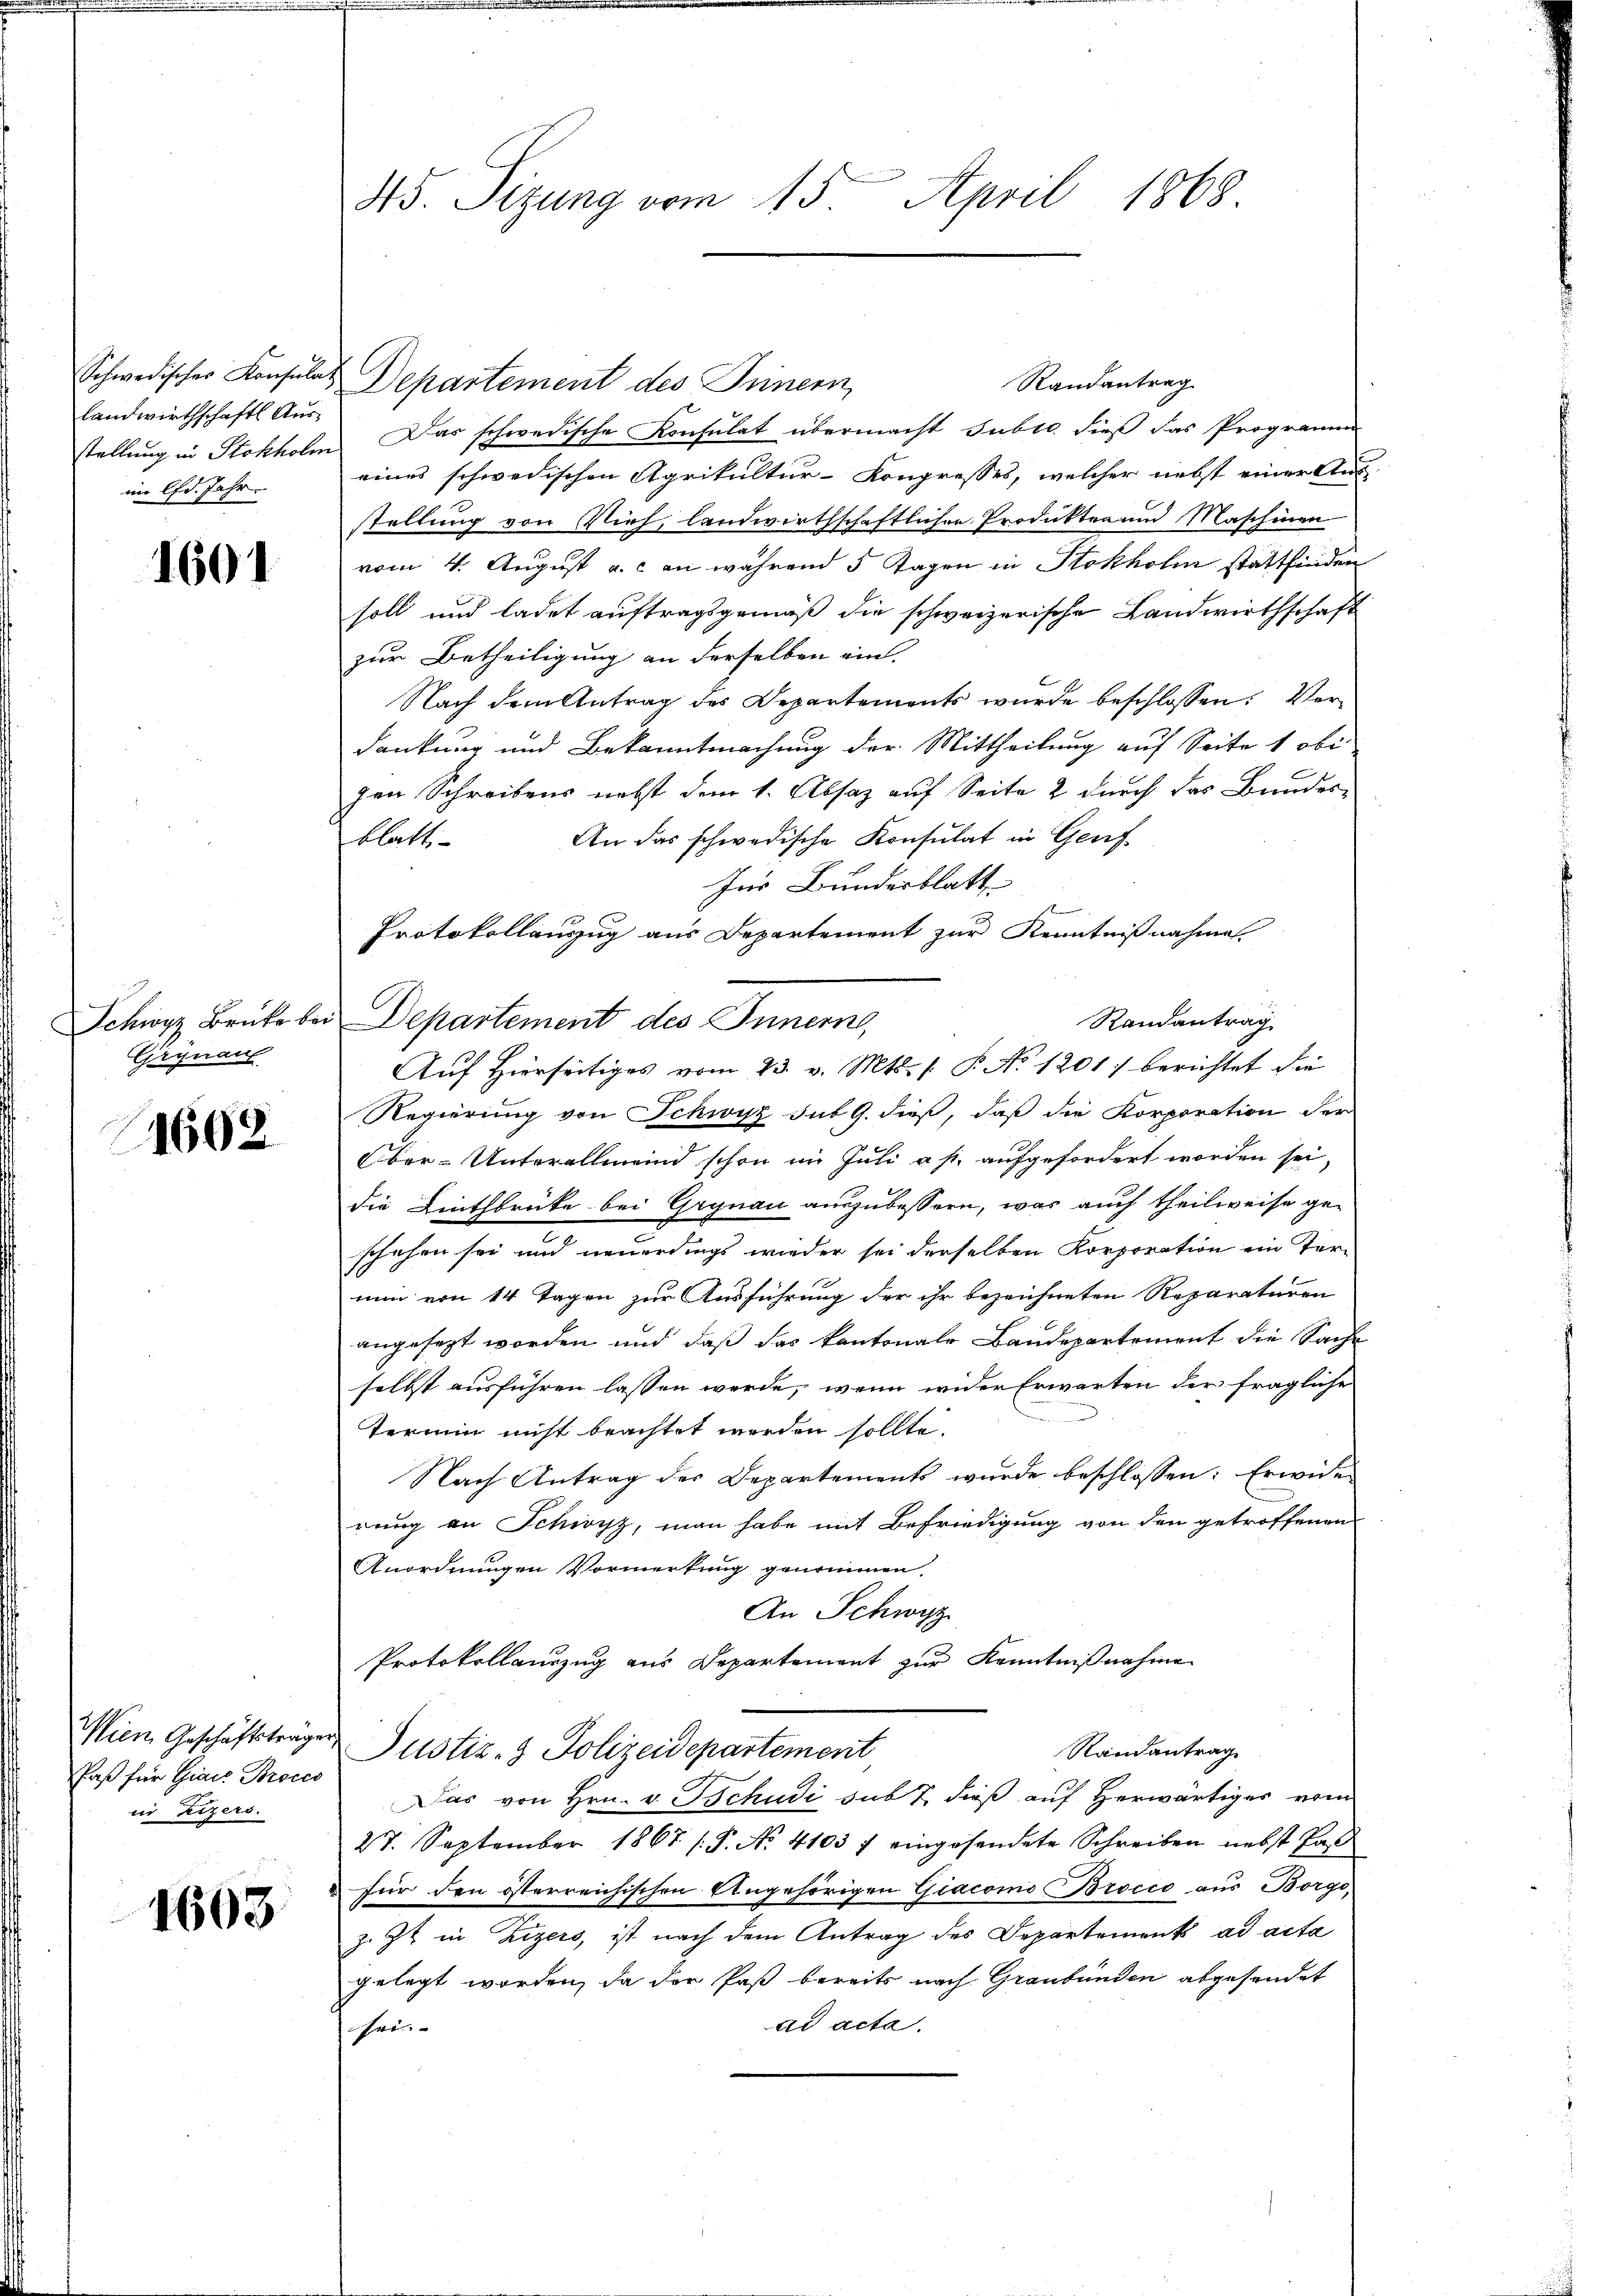
Schwedischer Konsulat
landwirthschaftl. Ausim lfd. Jahr.

1601

Gäynau

1602

Faß für Giach Proces
in Zizers.

1603

Randantrag
Departement des Innern,
stellung in Stokholm. Das schwedische Konsulat übermacht subtc. dieß das Programm
eines schwedischen Agrikultur-Kongresses, welcher nebst einer Ausstellung von Vieh, landwirthschaftlichen Produkten und Maschinen
vom 4. August a. c. an während 5 Tagen in Stokhohn stattfinden
soll und ladet auftragsgemäß die schweizerische Landwirthschaft
zur Betheiligung an derselben ein.
Nach dem Antrag des Departements wurde beschlossen: Verdankung und Bekanntmachung der Mittheilung auf Seite 1 obe
e
gen Schreibens nebst dem 1. Absaz auf Seite 2 durch das Bundes-
An das schwedische Konsulat in Genf
blatt
Zur Bundesblatt
Protokollauszug aus Departement zur Kenntnißnahme
Randantrag
Schwyz Brüke bei Departement des Innern,
Auf Hierseitiges vom 23. v. Mts. s. P. No 1201) berichtet die
Regierung von Schwyz sub 9. dieß, daß die Korporation der
Ober-Unterallmeind schon im Juli a p. aufgefordert worden sei,
die Linthbrücke bei Grynau auszubessern, was auch theilweise geschehen sei und neuerdings wieder sei derselben Korporation ein Ter-
mun von 14 Tagen zur Ausführung der ihr bezeichneten Reparaturen
angesezt worden und daß das kantonale Baudepartement die Sache
selbst ausführen lassen werde, wenn wider Erwarten der fragliche
Termin nicht beachtet werden sollte.
Nach Antrag des Departements wurde beschlossen: Erwider
rung an Schwyz, man habe mit Befriedigung von den getroffenen
Anordnungen Vormerkung genommen
An Schwyz
Protokollauszug aus Departement zur Kenntnißnahme
Wien Geschäftsträger Justiz- & Polizeidepartement
Randantrag
Das von Hrn. v. Tschudi sub 7. dieß auf Herwärtiges vom
27. September 1867 /.P. No. 4103 f eingesendete Schreiben nebst Pas
für den österreichischen Angehörigen Giacomo Brocco aus Borgoz. Zt. in Zizers, ist nach dem Antrag des Departements ad acta
gelegt worden, da der Paß bereits nach Graubünden abgesendet
ad acte.
sei.

45. Sizung vom 15. April 1868.